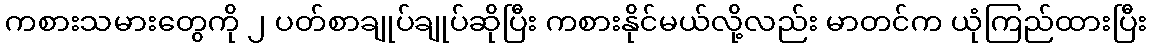
ကစားသမားတွေကို ၂ ပတ်စာချုပ်ချုပ်ဆိုပြီး ကစားနိုင်မယ်လို့လည်း မာတင်က ယုံကြည်ထားပြီး